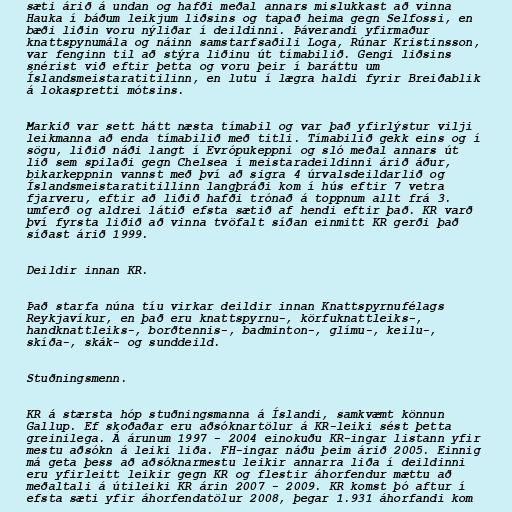
sæti árið á undan og hafði meðal annars mislukkast að vinna
Hauka í báðum leikjum liðsins og tapað heima gegn Selfossi, en
bæði liðin voru nýliðar í deildinni. Þáverandi yfirmaður
knattspynumála og náinn samstarfsaðili Loga, Rúnar Kristinsson,
var fenginn til að stýra liðinu út tímabilið. Gengi liðsins
snérist við eftir þetta og voru þeir í baráttu um
Íslandsmeistaratitilinn, en lutu í lægra haldi fyrir Breiðablik
á lokaspretti mótsins.

Markið var sett hátt næsta tímabil og var það yfirlýstur vilji
leikmanna að enda tímabilið með titli. Tímabilið gekk eins og í
sögu, liðið náði langt í Evrópukeppni og sló meðal annars út
lið sem spilaði gegn Chelsea í meistaradeildinni árið áður,
bikarkeppnin vannst með því að sigra 4 úrvalsdeildarlið og
Íslandsmeistaratitillinn langþráði kom í hús eftir 7 vetra
fjarveru, eftir að liðið hafði trónað á toppnum allt frá 3.
umferð og aldrei látið efsta sætið af hendi eftir það. KR varð
því fyrsta liðið að vinna tvöfalt síðan einmitt KR gerði það
síðast árið 1999.

Deildir innan KR.

Það starfa núna tíu virkar deildir innan Knattspyrnufélags
Reykjavíkur, en það eru knattspyrnu-, körfuknattleiks-,
handknattleiks-, borðtennis-, badminton-, glímu-, keilu-,
skíða-, skák- og sunddeild.

Stuðningsmenn.

KR á stærsta hóp stuðningsmanna á Íslandi, samkvæmt könnun
Gallup. Ef skoðaðar eru aðsóknartölur á KR-leiki sést þetta
greinilega. Á árunum 1997 - 2004 einokuðu KR-ingar listann yfir
mestu aðsókn á leiki liða. FH-ingar náðu þeim árið 2005. Einnig
má geta þess að aðsóknarmestu leikir annarra liða í deildinni
eru yfirleitt leikir gegn KR og flestir áhorfendur mættu að
meðaltali á útileiki KR árin 2007 - 2009. KR komst þó aftur í
efsta sæti yfir áhorfendatölur 2008, þegar 1.931 áhorfandi kom